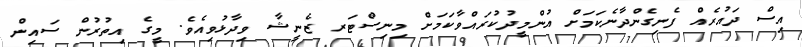
އިސް ދައުރެއް ފެނިގެންދާނެކަމަށް އުންމީދުކުރައްވާކަމަށް މިނިސްޓަރ ޒެނީޝާ ވިދާޅުވިއެވެ. މީގެ އިތުރުން ސައިން